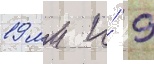
19 мм и́ 9